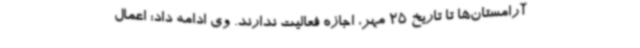
آرامستان‌ها تا تاریخ 25 مهر، اجازه فعالیت ندارند. وی ادامه داد: اعمال